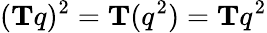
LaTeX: (\mathbf{T}q)^{2}=\mathbf{T}(q^{2})=\mathbf{T}q^{2}